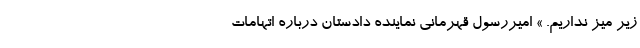
زیر میز نداریم. » امیررسول قهرمانی نماینده دادستان درباره اتهامات